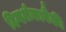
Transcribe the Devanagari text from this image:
दिग्दर्शकापैकी